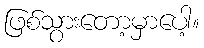
ဖြစ်သွားတော့မှာပေါ့။